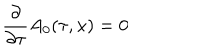
LaTeX: \frac { \partial } { \partial \tau } A _ { 0 } ( \tau , x ) = 0